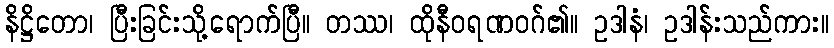
နိဋ္ဌိတော၊ ပြီးခြင်းသို့ရောက်ပြီ။ တဿ၊ ထိုနီဝရဏဝဂ်၏။ ဥဒါနံ၊ ဥဒါန်းသည်ကား။